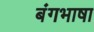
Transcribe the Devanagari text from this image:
बंगभाषा